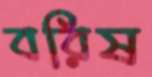
বরিষ